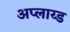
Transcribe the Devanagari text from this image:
अप्लाय्ड